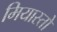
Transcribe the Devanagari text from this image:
मियास्तो